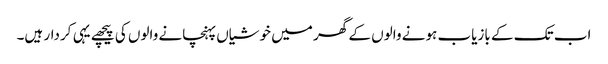
اب تک کے بازیاب ہونے والوں کے گھر میں خوشیاں پہنچانے والوں کی پیچھے یہی کردار ہیں۔